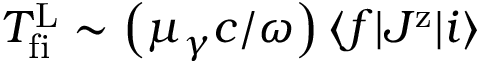
T _ { \mathrm { f i } } ^ { \mathrm { L } } \sim \left( \mu _ { \gamma } c / \omega \right) \langle f | J ^ { \mathrm { z } } | i \rangle